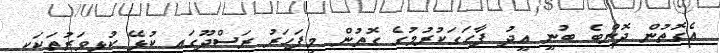
އެގޮތުން ދޮންބެ ބުނީ އީދު ފާހަގަކުރުމުގެ ގޮތުން މިފަަހަރު ރަސްދޫގައި ކުޅޭ ކުޅިވަރުތަކަކީ